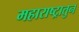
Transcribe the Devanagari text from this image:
महाराष्ट्रातुन